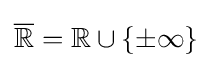
{\overline {\mathbb {R} }}=\mathbb {R} \cup \{\pm \infty \}